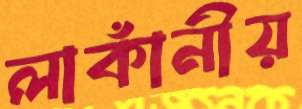
লাকাঁনীয়